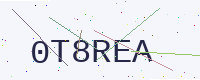
Text: 0T8REA